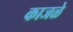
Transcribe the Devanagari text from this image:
काजळे